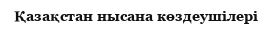
Қазақстан нысана көздеушілері